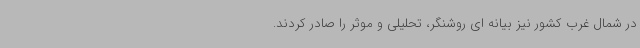
در شمال غرب کشور نیز بیانه ای روشنگر، تحلیلی و موثر را صادر کردند.